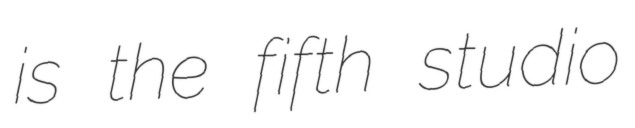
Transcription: is the fifth studio